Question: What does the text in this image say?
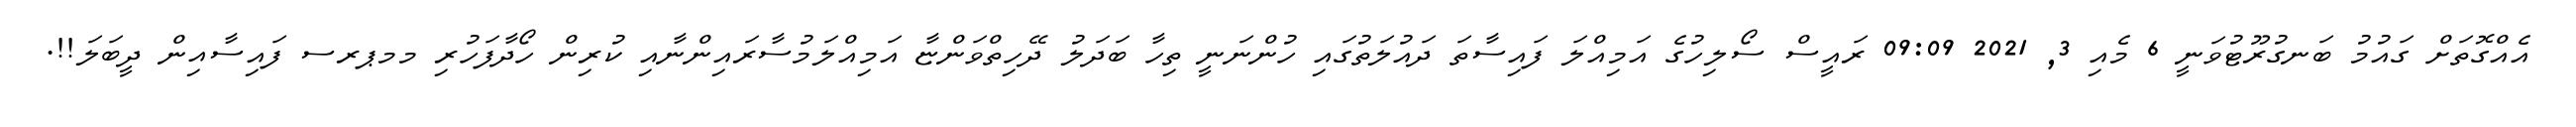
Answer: އެއްގޮތަށް ގައުމު ބަނގުރޫޓުވަނީ 6 މެއި 3, 2021 09:09 ރައީސް ސޯލިހުގެ އަމިއްލަ ފައިސާތަ ދައުލަތުގައި ހުންނަނީ ތިހާ ބަދަލު ދޭހިތްވަންޏާ އަމިއްލަމުސާރައިންނާއި ކުރިން ހޯދާފަހުރި މމޕރސ ފައިސާއިން ދީބަލަ!!.